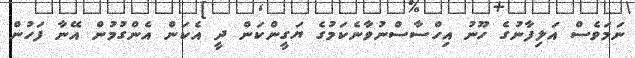
ނަމަވެސް އަލިފާނުގެ ހޫނު އިހްސާސްނުވާނެކަމުގެ ޔަގީންކަން ދީ އެކަން އެންގުމުން އޭނާ ފަހުން